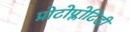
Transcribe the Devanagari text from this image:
प्रोटोप्लोटिडी